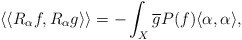
\begin{align*} \langle \langle R_{\alpha} f , R_{\alpha} g \rangle \rangle= -\int_{X} \overline{g} P(f) \langle \alpha,\alpha \rangle, \end{align*}